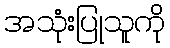
အသုံးပြုသူကို